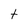
Character: t